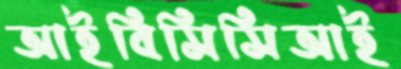
আইবিসিসিআই